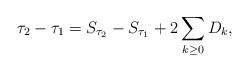
\begin{align*} \tau_2-\tau_1=S_{\tau_2}-S_{\tau_1}+2\sum_{k\geq0}D_k, \end{align*}